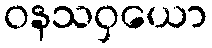
ဝနသဝှယော